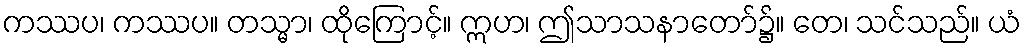
ကဿပ၊ ကဿပ။ တသ္မာ၊ ထိုကြောင့်။ ဣဟ၊ ဤသာသနာတော်၌။ တေ၊ သင်သည်။ ယံ